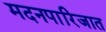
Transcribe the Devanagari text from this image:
मदनपारिजात